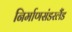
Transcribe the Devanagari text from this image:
निर्माणसंडरलैंड